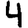
Digit: 4